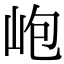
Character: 𡶄